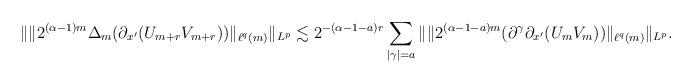
LaTeX: \begin{align*}\|\|2^{(\alpha-1)m}\Delta_m(\partial_{x'}(U_{m+r}V_{m+r}))\|_{\ell^q(m)}\|_{L^p}\lesssim 2^{-(\alpha-1-a)r}\sum_{|\gamma|=a}\|\|2^{(\alpha-1-a)m}(\partial^{\gamma}\partial_{x'}(U_{m}V_{m}))\|_{\ell^q(m)}\|_{L^p}.\end{align*}